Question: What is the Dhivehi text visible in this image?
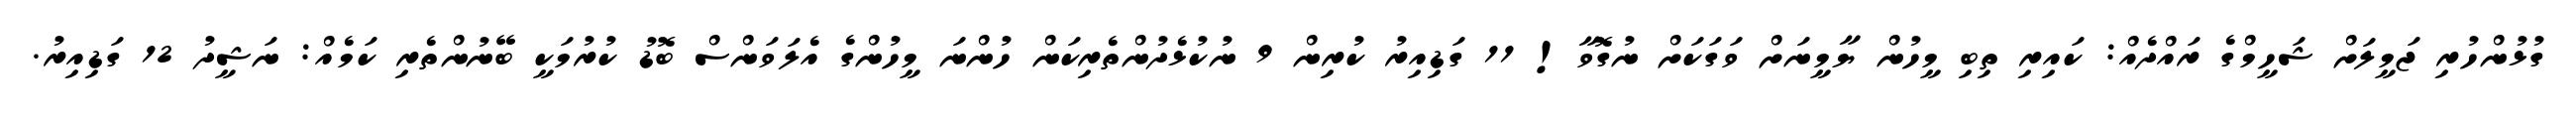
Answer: ގުޅުންހުރި ޖަމީލަށް ޝަހީމްގެ ރައްދެއް: ކައިރި ތިބި މީހުން ޔާމީނަށް ވަގަކަށް ނުގޮވާ! 11 ގަޑިއިރު ކުރިން 9 ނުކުޅެދުންތެރިކަން ހުންނަ މީހުންގެ އެލަވަންސް ބޮޑު ކުރުމަކީ ބޭނުންތެރި ކަމެއް: ނަޝީދު 12 ގަޑިއިރު.